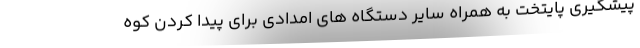
پیشگیری پایتخت به همراه سایر دستگاه های امدادی برای پیدا کردن کوه